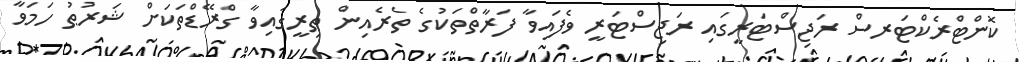
ކޮންޓްރެކްޓަރސް ރަޖިސްޓަރީގައި ރަޖިސްޓަރީ ވެފައިވާ ފަރާތްތަކުގެ ތެރެއިން ތިރީގައިވާ ގްރޭޑްތަކަށް ޝަރުޠު ހަމަވާ